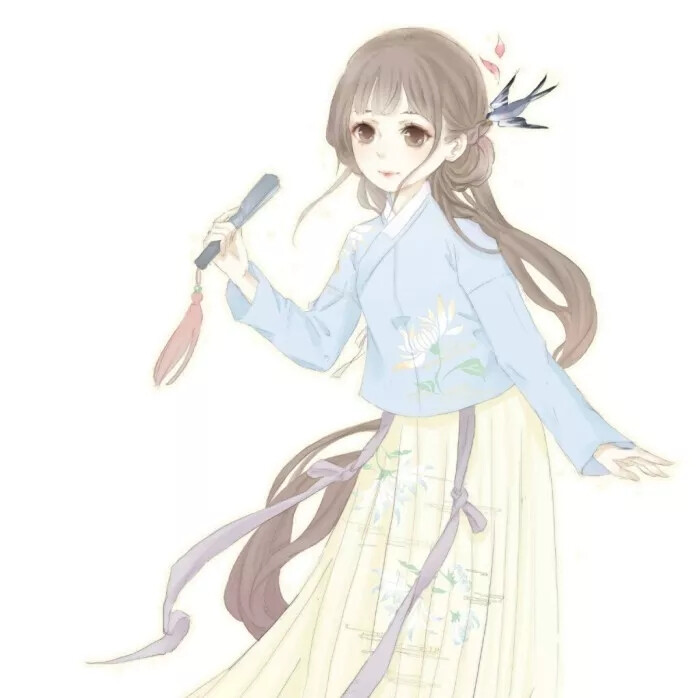
斜倚画阑娇不语，暗移梅影过红桥，裙带北风飘。